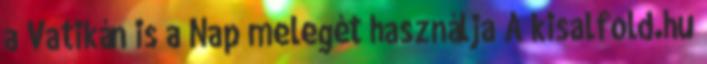
a Vatikán is a Nap melegét használja A kisalfold.hu